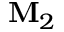
\mathbf { M } _ { 2 }